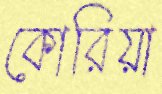
কোরিয়া